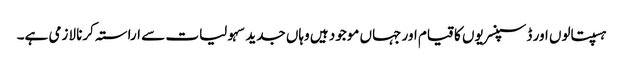
ہسپتالوں اور ڈسپنسریوں کا قیام اور جہاں موجود ہیں وہاں جدید سہولیات سے اراستہ کرنا لازمی ہے۔